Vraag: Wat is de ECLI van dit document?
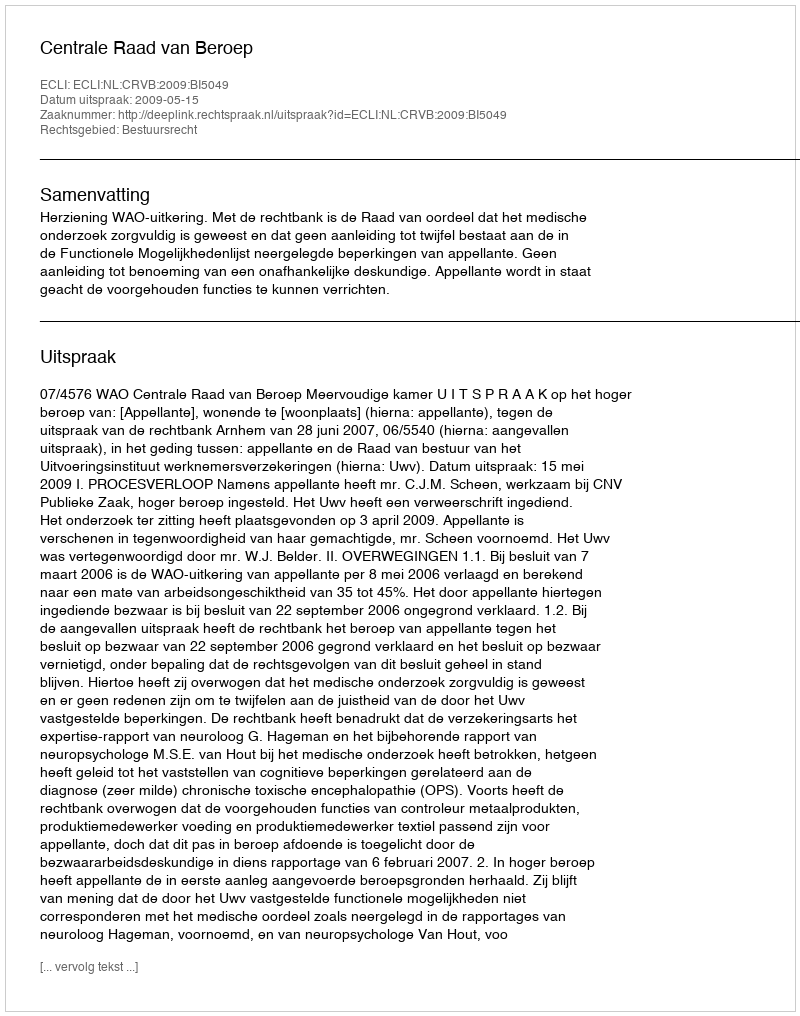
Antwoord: ECLI:NL:CRVB:2009:BI5049